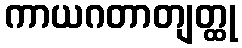
ကာယဂတာတျတ္ထု